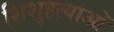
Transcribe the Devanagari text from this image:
शिशुहत्याओं